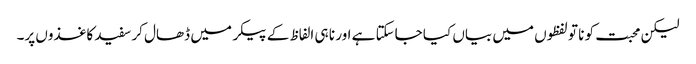
لیکن محبت کو نا تو لفظوں میں بیاں کیا جاسکتا ہے اور نا ہی الفاظ کے پیکر میں ڈھال کر سفید کاغذوں پر۔